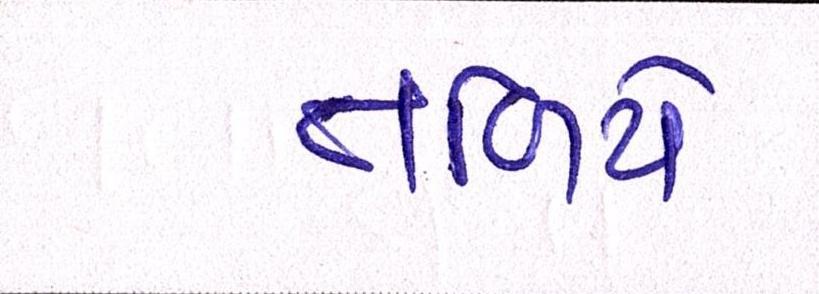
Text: તળિયે